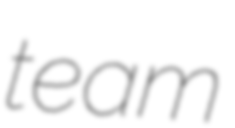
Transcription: team